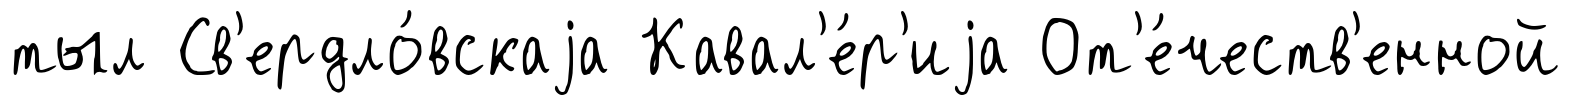
тыл Св'ердло́вскаjа Кавал'е́р'иjа От'е́честв'енной